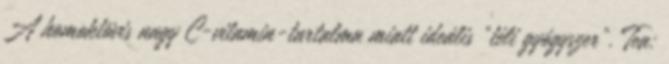
A homoktövis nagy C-vitamin-tartalma miatt ideális "téli gyógyszer". Tea: